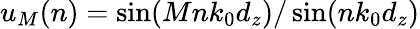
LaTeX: u_{M}(n)=\sin(Mnk_{0}d_{z})/\sin(nk_{0}d_{z})